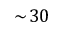
\sim \! 3 0